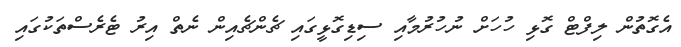
އެގޮތުން ލިފްޓް ގޮޅި ހުހަށް ނުހުރުމާއި ސިޑިގޮޅީގައި ޗެންޗެއިން ނެތް އިރު ޓެރެސްތަކުގައި